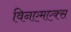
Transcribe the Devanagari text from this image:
विनएमएक्स